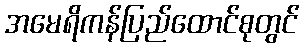
အမေရိကန်ပြည်ထောင်စုတွင်